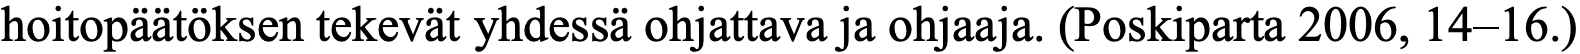
hoitopäätöksen tekevät yhdessä ohjattava ja ohjaaja. (Poskiparta 2006, 14–16.)